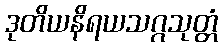
ဒုတိယနိရယသဂ္ဂသုတ္တံ